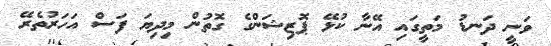
ވަނީ ދަނޑު މަތީގައި އޭނާ ކުޅޭ ޕޮޒިޝަންގެ ގޮތުން މިދިޔަ ފަސް އަހަރުތެރޭ